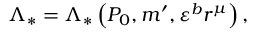
\Lambda _ { \ast } = \Lambda _ { \ast } \left( P _ { 0 } , m ^ { \prime } , \varepsilon ^ { b } r ^ { \mu } \right) ,